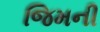
જિમની